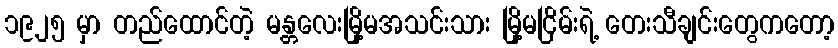
၁၉၂၅ မှာ တည်ထောင်တဲ့ မန္တလေးမြို့မအသင်းသား မြို့မငြိမ်းရဲ့ တေးသီချင်းတွေကတော့